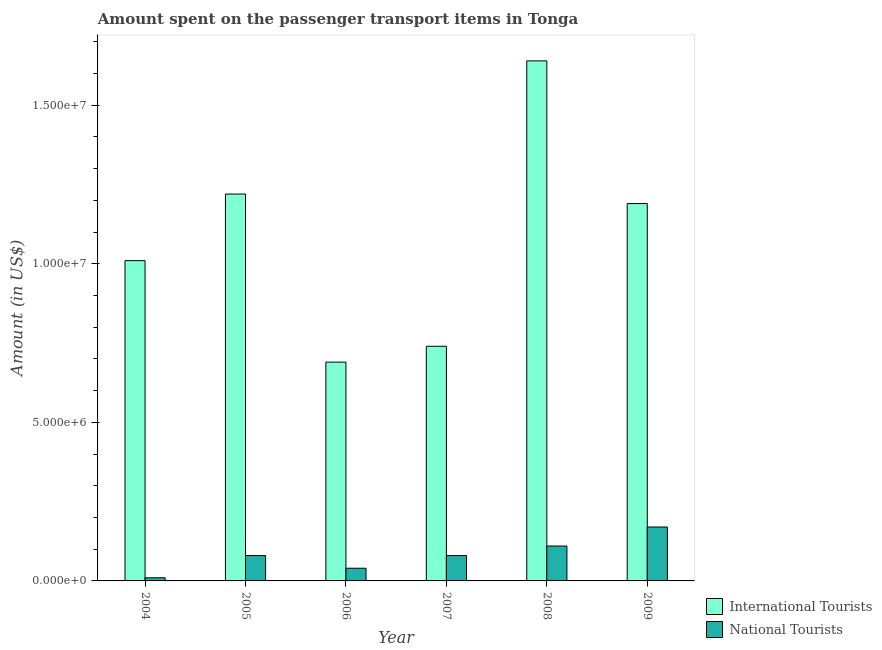
| Year | International Tourists | National Tourists |
 | --- | --- | --- |
 | 2004 | 1.01e+07 | 1e+05 |
 | 2005 | 1.22e+07 | 8e+05 |
 | 2006 | 6.9e+06 | 4e+05 |
 | 2007 | 7.4e+06 | 8e+05 |
 | 2008 | 1.64e+07 | 1.1e+06 |
 | 2009 | 1.19e+07 | 1.7e+06 |